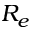
R _ { e }